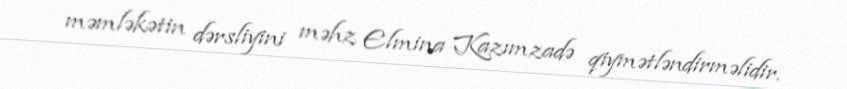
məmləkətin dərsliyini məhz Elmina Kazımzadə qiymətləndirməlidir.